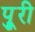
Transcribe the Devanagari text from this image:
पुूरी